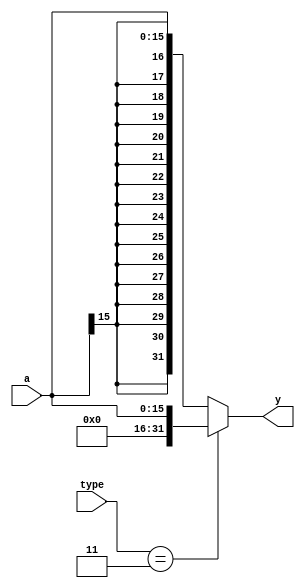
`timescale 1ns / 1ps



module signext(
    input wire [15:0] a,
    input wire [1:0] type,
    output reg [31:0] y
    );
    
    always @(*) begin
        case(type)
            2'b11: y = { 16'b0,a };
            default: y = { {16{a[15]}},a };
        endcase
    end
    
endmodule